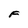
Character: F